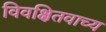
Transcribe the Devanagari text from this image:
विवक्षितवाच्य